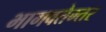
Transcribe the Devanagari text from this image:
भागवतेम्तर